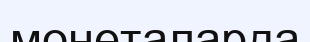
монеталарда